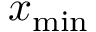
x _ { \mathrm { m i n } }